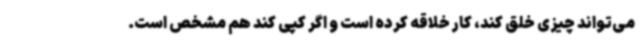
می‌تواند چیزی خلق کند، کار خلاقه کرده است و اگر کپی کند هم مشخص است.